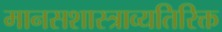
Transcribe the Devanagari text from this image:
मानसशास्त्राव्यतिरिक्त